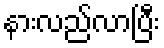
နားလည်လာပြီး